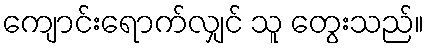
ကျောင်းရောက်လျှင် သူ တွေးသည်။